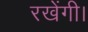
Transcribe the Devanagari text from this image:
रखेंगी।